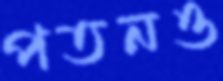
পতনও